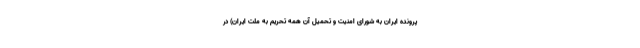
پرونده ایران به شورای امنیت و تحمیل آن همه تحریم به ملت ایران) در